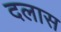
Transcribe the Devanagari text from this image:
दलास